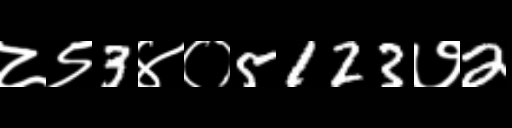
Text: ८९3४०5123७2